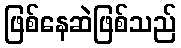
ဖြစ်နေဆဲဖြစ်သည်